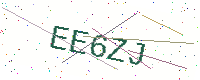
Text: EE6ZJ